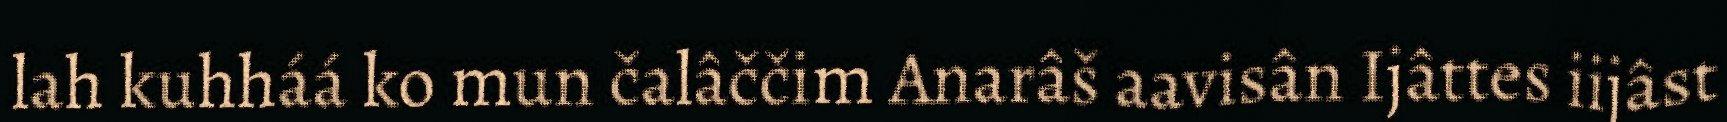
lah kuhháá ko mun čalâččim Anarâš aavisân Ijâttes iijâst